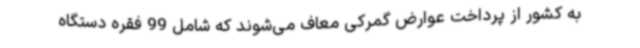
به کشور از پرداخت عوارض گمرکی معاف می‌شوند که شامل 99 فقره دستگاه